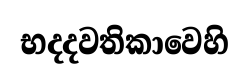
භදදවතිකාවෙහි